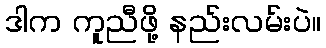
ဒါက ကူညီဖို့ နည်းလမ်းပဲ။